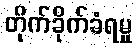
တိုက်ခိုက်ခံရမှု